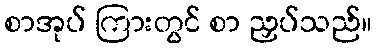
စာအုပ် ကြားတွင် စာ ညှပ်သည်။